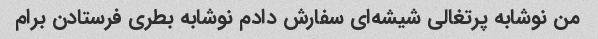
من نوشابه پرتغالی شیشه‌ای سفارش دادم نوشابه بطری فرستادن برام